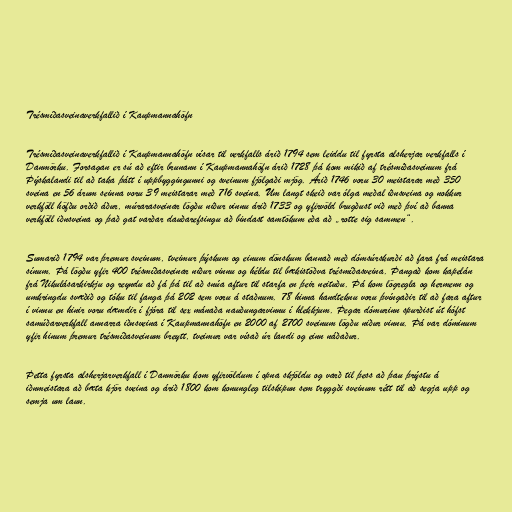
Trésmíðasveinaverkfallið í Kaupmannahöfn

Trésmíðasveinaverkfallið í Kaupmannahöfn vísar til verkfalls árið 1794 sem leiddu til fyrsta alsherjar verkfalls í
Danmörku. Forsagan er sú að eftir brunann í Kaupmannahöfn árið 1728 þá kom mikið af trésmíðasveinum frá
Þýskalandi til að taka þátt í uppbyggingunni og sveinum fjölgaði mjög. Árið 1746 voru 30 meistarar með 350
sveina en 56 árum seinna voru 39 meistarar með 716 sveina. Um langt skeið var ólga meðal iðnsveina og nokkur
verkföll höfðu orðið áður, múrarasveinar lögðu niður vinnu árið 1733 og yfirvöld brugðust við með því að banna
verkföll iðnsveina og það gat varðar dauðarefsingu að bindast samtökum eða að „rotte sig sammen“.

Sumarið 1794 var þremur sveinum, tveimur þýskum og einum dönskum bannað með dómsúrskurði að fara frá meistara
sínum. Þá lögðu yfir 400 trésmíðasveinar niður vinnu og héldu til bækistöðva trésmíðasveina. Þangað kom kapelán
frá Nikulásarkirkju og reyndu að fá þá til að snúa aftur til starfa en þeir neituðu. Þá kom lögregla og hermenn og
umkringdu svæðið og tóku til fanga þá 202 sem voru á staðnum. 78 hinna handteknu voru þvíngaðir til að fara aftur
í vinnu en hinir voru dæmdir í fjóra til sex mánaða nauðungarvinnu í hlekkjum. Þegar dómurinn spurðist út hófst
samúðarverkfall annarra iðnsveina í Kaupmannahöfn en 2000 af 2700 sveinum lögðu niður vinnu. Þá var dóminum
yfir hinum þremur trésmíðasveinum breytt, tveimur var vísað úr landi og einn náðaður.

Þetta fyrsta alsherjarverkfall í Danmörku kom yfirvöldum í opna skjöldu og varð til þess að þau þrýstu á
iðnmeistara að bæta kjör sveina og árið 1800 kom konungleg tilskipun sem tryggði sveinum rétt til að segja upp og
semja um laun.